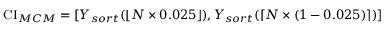
\operatorname { C I } _ { M C M } = [ Y _ { s o r t } ( \lfloor N \times 0 . 0 2 5 \rfloor ) , Y _ { s o r t } ( \lceil N \times ( 1 - 0 . 0 2 5 ) \rceil ) ]